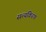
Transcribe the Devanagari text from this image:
सत्यकिरण